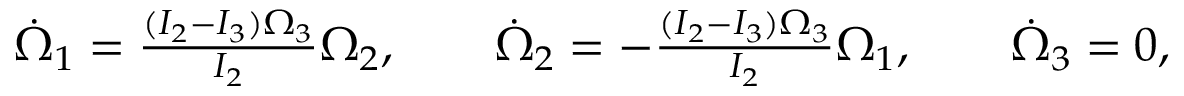
\begin{array} { r } { \dot { \Omega } _ { 1 } = \frac { ( I _ { 2 } - I _ { 3 } ) \Omega _ { 3 } } { I _ { 2 } } \Omega _ { 2 } , \qquad \dot { \Omega } _ { 2 } = - \frac { ( I _ { 2 } - I _ { 3 } ) \Omega _ { 3 } } { I _ { 2 } } \Omega _ { 1 } , \qquad \dot { \Omega } _ { 3 } = 0 , } \end{array}